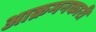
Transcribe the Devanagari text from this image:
आक्रमनकारी